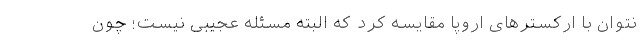
نتوان با ارکسترهای اروپا مقایسه کرد که البته مسئله عجیبی نیست؛ چون